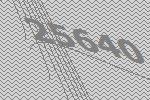
25640